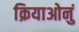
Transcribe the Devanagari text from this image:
क्रियाओनुं